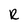
Character: R